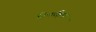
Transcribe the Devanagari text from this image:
डिफक्विक